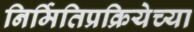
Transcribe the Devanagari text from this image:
निर्मितिप्रक्रियेच्या